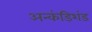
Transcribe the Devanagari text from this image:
अन्कंडिशंड